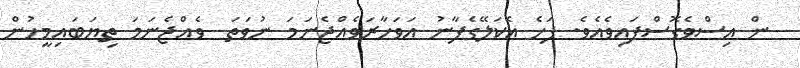
ން އިސްވެގޮސްފައިވެއެވެ. ފަހެ އެކަލޭގެފާނު އަވަހާރަވެއްޖެނަމަ ނުވަތަ  ވެއްޖެނަމަ ތިޔަބައިމީހުން